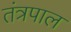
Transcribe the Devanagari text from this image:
तंत्रपाल